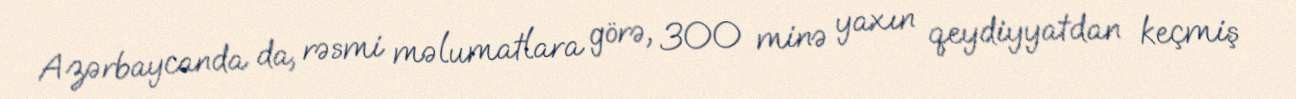
Azərbaycanda da, rəsmi məlumatlara görə, 300 minə yaxın qeydiyyatdan keçmiş